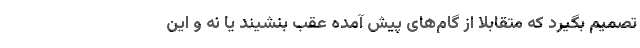
تصمیم بگیرد که متقابلا از گام‌های پیش آمده عقب بنشیند یا نه و این